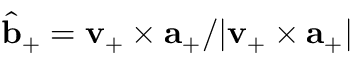
\hat { { \bf b } } _ { + } = { \bf v } _ { + } \times { \bf a } _ { + } / | { \bf v } _ { + } \times { \bf a } _ { + } |